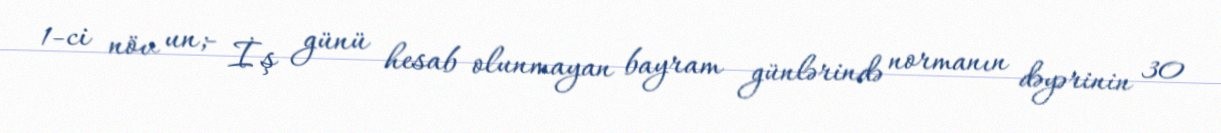
1-ci növ un;- İş günü hesab olunmayan bayram günlərində normanın dəyərinin 30